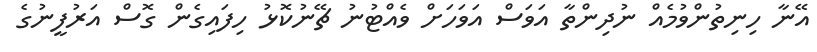
އޭނާ ހިނިތުންވުމެއް ނުދިންތާ އަވަސް އަވަހަށް ވެއްޓުނު ޗޭނުކޮޅު ހިފައިގެން ގޮސް އަރުފީނުގެ